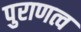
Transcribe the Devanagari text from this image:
पुराणत्व